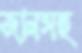
জালসহ